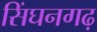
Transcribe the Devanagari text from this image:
सिंघनगढ़